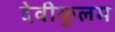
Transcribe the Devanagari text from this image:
देवीकुलम